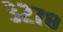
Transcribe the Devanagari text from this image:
३२७८